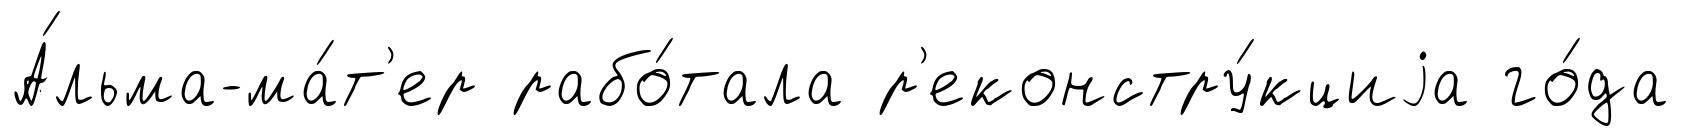
А́льма-ма́т'ер рабо́тала р'еконстру́кциjа го́да